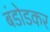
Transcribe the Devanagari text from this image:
बंडोडकर